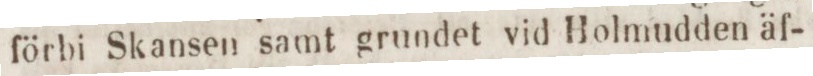
förbi Skansen samt grundet vid Holmudden äf-